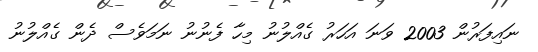
ނައިފަރުން 2003 ވަނަ އަހަރު ގެއްލުނު މިހާ ފެނުނު ނަމަވެސް ދެން ގެއްލުނު